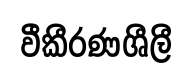
වීකීරණශීලී